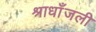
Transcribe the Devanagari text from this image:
श्राधाँजली